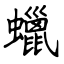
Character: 蠟